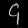
Digit: ၄